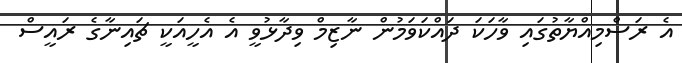
އެ ރަސްމިއްޔާތުގައި ވާހަކަ ދައްކަވަމުން ނާޒިމް ވިދާޅުވީ އެ އެހީއަކީ ޗައިނާގެ ރައީސް